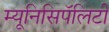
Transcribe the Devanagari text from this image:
म्यूनिसिपॅलिटी